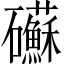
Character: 𥗹